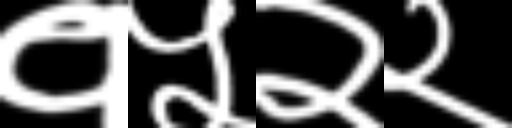
Text: १५२२